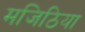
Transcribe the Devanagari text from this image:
मजिठिया